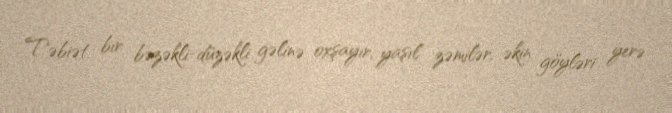
Təbiət bir bəzəkli-düzəkli gəlinə oxşayır, yaşıl zəmilər, əkin göyləri yerə